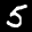
Label: 5